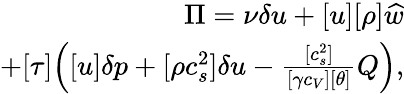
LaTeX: \begin{array}{r}{\Pi=\nu\delta u+[u][\rho]\widehat{w}}\\ {+[\tau]\Big([u]\delta p+[\rho c_{s}^{2}]\delta u-\frac{[c_{s}^{2}]}{[\gamma c_{V}][\theta]}Q\Big),}\end{array}